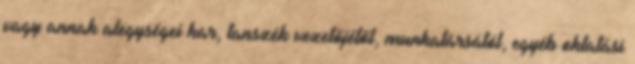
vagy annak alegységei kar, tanszék vezetőjétől, munkatársától, egyéb oktatási